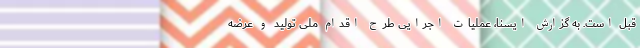
قبل است. به گزارش ایسنا، عملیات اجرایی طرح اقدام ملی تولید و عرضه